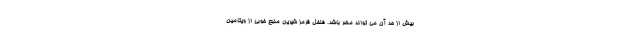
بیش از حد آن می تواند مضر باشد. فلفل قرمز شیرین منبع خوبی از ویتامین